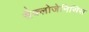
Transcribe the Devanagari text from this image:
सैक्लोजेनिसिस